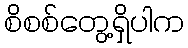
စိစစ်တွေ့ရှိပါက